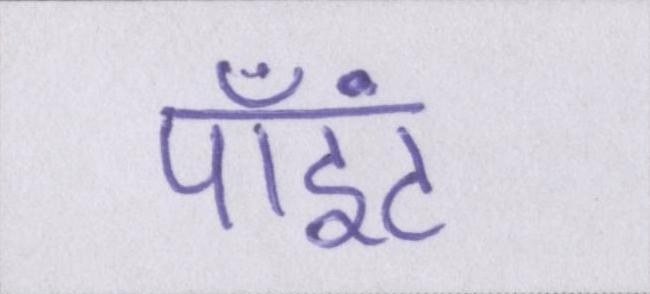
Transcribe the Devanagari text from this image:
पॉइंट